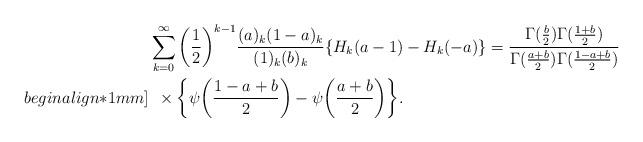
LaTeX: \begin{align*}&\sum_{k=0}^{\infty}\bigg(\frac{1}{2}\bigg)^{k-1}\frac{(a)_k(1-a)_k}{(1)_{k}(b)_{k}}\{H_k(a-1)-H_k(-a)\}=\frac{\Gamma(\frac{b}{2})\Gamma(\frac{1+b}{2})}{\Gamma(\frac{a+b}{2})\Gamma(\frac{1-a+b}{2})}\\begin{align*}1mm]&\:\:\times\bigg\{\psi\bigg(\frac{1-a+b}{2}\bigg)-\psi\bigg(\frac{a+b}{2}\bigg)\bigg\}. \end{align*}